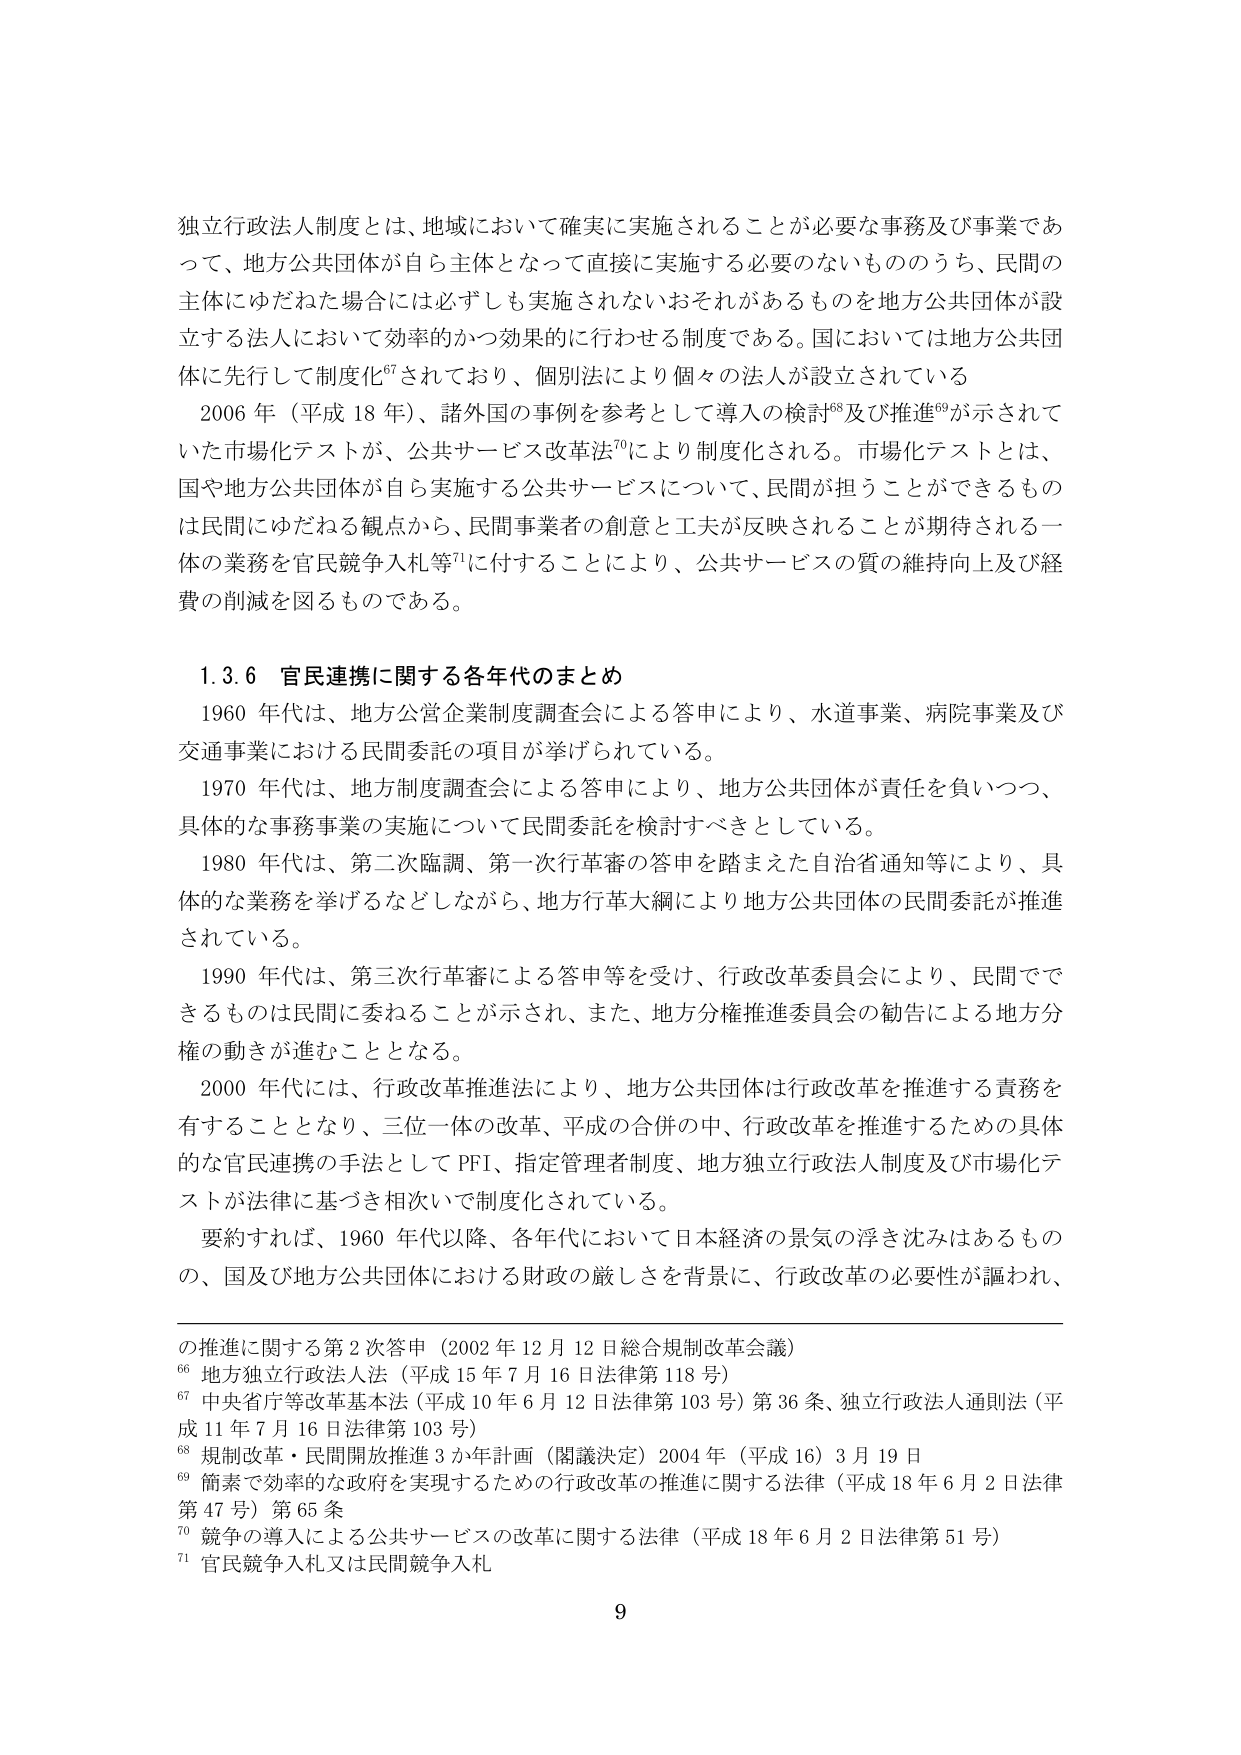
独立行政法人制度とは、地域において確実に実施されることが必要な事務及び事業であって、地方公共団体が自ら主体となって直接に実施する必要のないもののうち、民間の主体にゆだねた場合には必ずしも実施されないおそれがあるものを地方公共団体が設立する法人において効率的かつ効果的に行わせる制度である。国においては地方公共団体に先行して制度化⁶⁷されており、個別法により個々の法人が設立されている

2006 年（平成 18 年）、諸外国の事例を参考として導入の検討⁶⁸及び推進⁶⁹が示されていた市場化テストが、公共サービス改革法⁷⁰により制度化される。市場化テストとは、国や地方公共団体が自ら実施する公共サービスについて、民間が担うことができるものは民間にゆだねる観点から、民間事業者の創意と工夫が反映されることが期待される一体の業務を官民競争入札等⁷¹に付することにより、公共サービスの質の維持向上及び経費の削減を図るものである。

1.3.6 官民連携に関する各年代のまとめ

1960 年代は、地方公営企業制度調査会による答申により、水道事業、病院事業及び交通事業における民間委託の項目が挙げられている。

1970 年代は、地方制度調査会による答申により、地方公共団体が責任を負いつつ、具体的な事務事業の実施について民間委託を検討すべきとしている。

1980 年代は、第二次臨調、第一次行革審の答申を踏まえた自治省通知等により、具体的な業務を挙げるなどしながら、地方行革大綱により地方公共団体の民間委託が推進されている。

1990 年代は、第三次行革審による答申等を受け、行政改革委員会により、民間でできるものは民間に委ねることが示され、また、地方分権推進委員会の勧告による地方分権の動きが進むこととなる。

2000 年代には、行政改革推進法により、地方公共団体は行政改革を推進する責務を有することとなり、三位一体の改革、平成の合併の中、行政改革を推進するための具体的な官民連携の手法として PFI、指定管理者制度、地方独立行政法人制度及び市場化テストが法律に基づき相次いで制度化されている。

要約すれば、1960 年代以降、各年代において日本経済の景気の浮き沈みはあるものの、国及び地方公共団体における財政の厳しさを背景に、行政改革の必要性が謳われ、

の推進に関する第 2 次答申（2002 年 12 月 12 日総合規制改革会議）

⁶⁶ 地方独立行政法人法（平成 15 年 7 月 16 日法律第 118 号）

⁶⁷ 中央省庁等改革基本法（平成 10 年 6 月 12 日法律第 103 号）第 36 条、独立行政法人通則法（平成 11 年 7 月 16 日法律第 103 号）

⁶⁸ 規制改革・民間開放推進 3 か年計画（閣議決定）2004 年（平成 16）3 月 19 日

⁶⁹ 簡素で効率的な政府を実現するための行政改革の推進に関する法律（平成 18 年 6 月 2 日法律第 47 号）第 65 条

⁷⁰ 競争の導入による公共サービスの改革に関する法律（平成 18 年 6 月 2 日法律第 51 号）

⁷¹ 官民競争入札又は民間競争入札

9